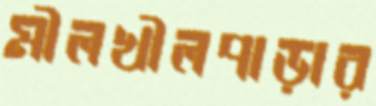
মীলখীলপাড়ার